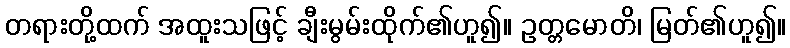
တရားတို့ထက် အထူးသဖြင့် ချီးမွမ်းထိုက်၏ဟူ၍။ ဥတ္တမောတိ၊ မြတ်၏ဟူ၍။